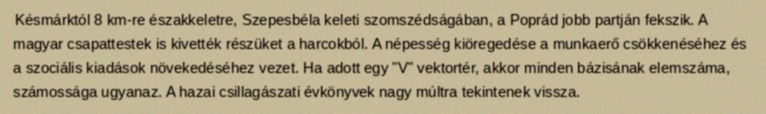
Késmárktól 8 km-re északkeletre, Szepesbéla keleti szomszédságában, a Poprád jobb partján fekszik. A magyar csapattestek is kivették részüket a harcokból. A népesség kiöregedése a munkaerő csökkenéséhez és a szociális kiadások növekedéséhez vezet. Ha adott egy "V" vektortér, akkor minden bázisának elemszáma, számossága ugyanaz. A hazai csillagászati évkönyvek nagy múltra tekintenek vissza.